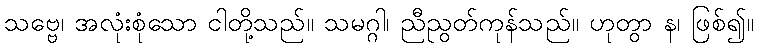
သဗ္ဗေ၊ အလုံးစုံသော ငါတို့သည်။ သမဂ္ဂါ၊ ညီညွတ်ကုန်သည်။ ဟုတွာ န၊ ဖြစ်၍။